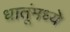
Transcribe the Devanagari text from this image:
धातूंमध्ये